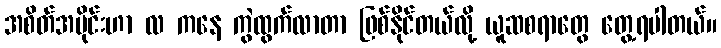
အစိတ်အပိုင်းဟာ လ ကနေ ကွဲထွက်လာတာ ဖြစ်နိုင်တယ်လို့ ယူဆစရာတွေ တွေ့ရပါတယ်။